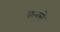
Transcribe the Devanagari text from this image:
कबूले